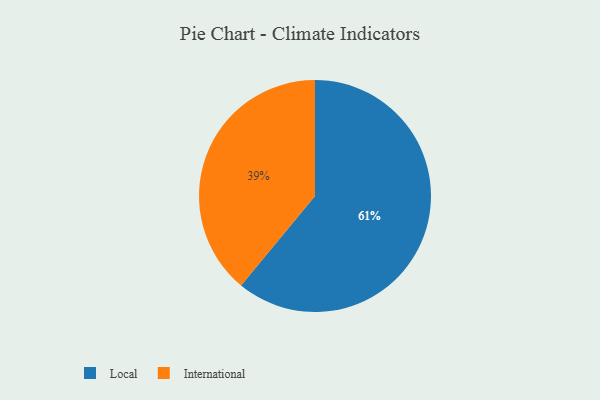
{"axis": {"x": "Category", "y": "Percentage"}, "legend": ["International", "Local"], "data": [{"x": "International", "y": 39, "type": "International"}, {"x": "Local", "y": 61, "type": "Local"}]}